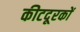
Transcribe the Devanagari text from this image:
कीटदूरकों